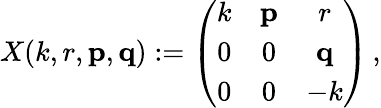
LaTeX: X(k,r,{\mathbf p},{\mathbf q}):=\left(\begin{array}{ccc}{{k}}&{{{\mathbf p}}}&{{r}}\\ {{0}}&{{0}}&{{{\mathbf q}}}\\ {{0}}&{{0}}&{{-k}}\end{array}\right)\, ,